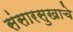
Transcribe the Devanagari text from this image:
संसारसुखाचे